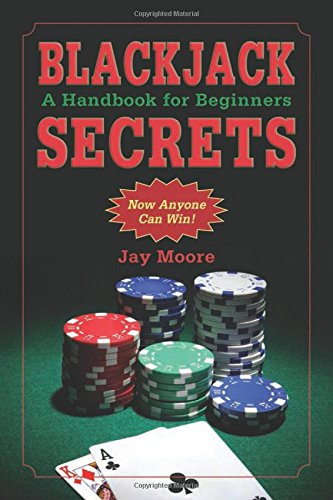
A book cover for Blackjack Secrets: A Handbook for Beginners; Jay Moore; Humor & Entertainment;